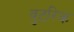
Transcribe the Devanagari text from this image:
वुटरिक